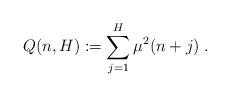
LaTeX: \begin{align*}Q(n,H):=\sum_{j=1}^H \mu^2(n+j)\;.\end{align*}